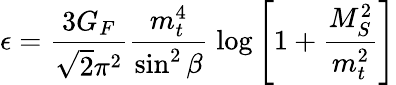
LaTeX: \epsilon=\frac{3G_{F}}{\sqrt{2}\pi^{2}}\frac{m_{t}^{4}}{\sin^{2}\beta}\; \log\left[1+\frac{M_{S}^{2}}{m_{t}^{2}}\right]